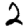
Digit: 2